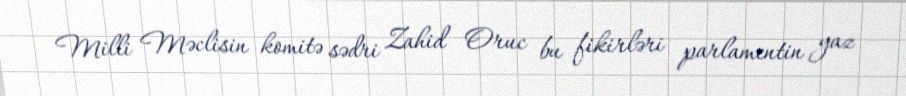
Milli Məclisin komitə sədri Zahid Oruc bu fikirləri parlamentin yaz